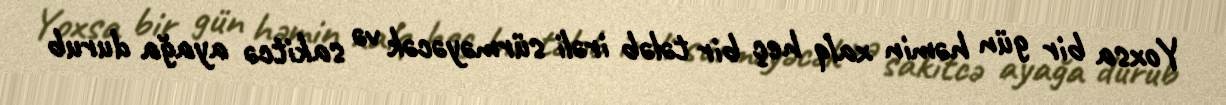
Yoxsa bir gün həmin xalq heç bir tələb irəli sürməyəcək və sakitcə ayağa durub